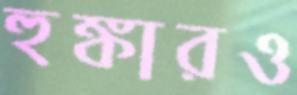
হুঙ্কারও